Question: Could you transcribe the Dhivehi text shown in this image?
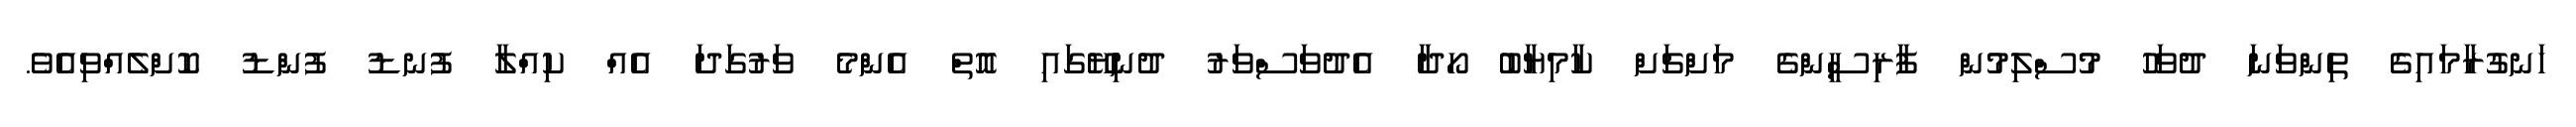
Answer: ހަނގުރާމައިގެ ތިންވަނަ ދުވަހު މުސްލިމުން ފާރިސީންގެ މަށްޗަށް ކާމިޔާބު ހޯދާ އެދުވަސްވަރު ދުނިޔޭގައި އޮތް އެންމެ ވަރުގަދަ އެއް ކިއްލާ ފުނޑު ފުންޑު ކޮށްލެއްވިއެވެ.